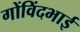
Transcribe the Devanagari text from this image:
गोंविंदभाई